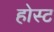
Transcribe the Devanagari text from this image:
होस्‍ट